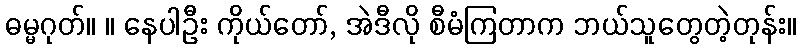
ဓမ္မဂုတ်။ ။ နေပါဦး ကိုယ်တော်, အဲဒီလို စီမံကြတာက ဘယ်သူတွေတဲ့တုန်း။